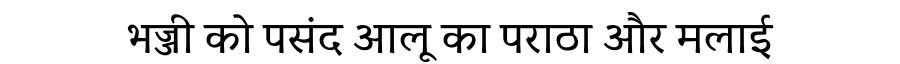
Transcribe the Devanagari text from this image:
भज्जी को पसंद आलू का पराठा और मलाई